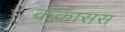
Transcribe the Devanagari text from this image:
ककासस